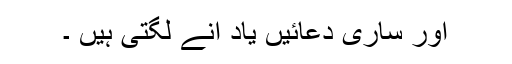
اور ساری دعائیں یاد آنے لگتی ہیں ۔